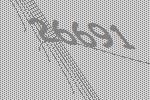
26691